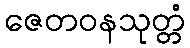
ဇေတဝနသုတ္တံ